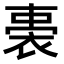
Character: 𧚐